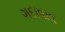
ગદાવાવ